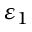
\varepsilon _ { 1 }